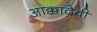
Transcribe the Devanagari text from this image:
आक्कादेवी